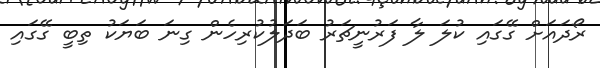
ރޯދައަށް ގޭގައި ކުލަ ލާ ފަރުނީޗަރު ބަދަލުކުރިހެން ގިނަ ބަޔަކު ތިބީ ގޭގައި